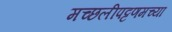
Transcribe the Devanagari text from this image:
मच्छलीपट्टणमच्या